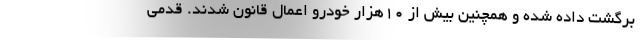
برگشت داده شده و همچنین بیش از ۱۰هزار خودرو اعمال قانون شدند. قدمی